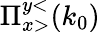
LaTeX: \Pi_{x>}^{y<}(k_{0})